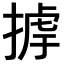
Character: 𢰵